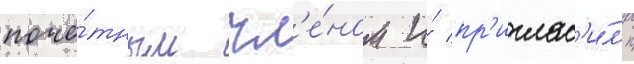
почё́тным чл'е́ном и́ пр'иглас'и́л'и